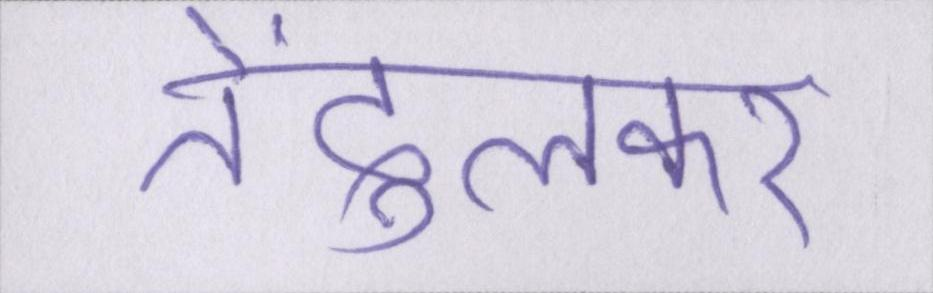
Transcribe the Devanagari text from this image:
तेंदुलकर